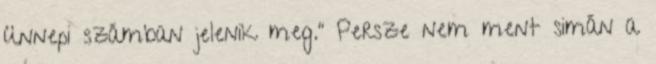
ünnepi számban jelenik meg.” Persze nem ment simán a